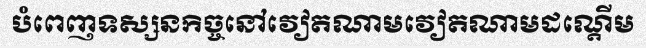
បំពេញទស្សនកិច្ចនៅវៀតណាមវៀតណាមដណ្តើម